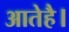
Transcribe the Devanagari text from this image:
आतेहै।